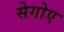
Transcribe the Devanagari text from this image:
सेगोए